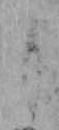
も